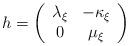
LaTeX: \begin{align*}h=\left( \begin{array}{cc}\lambda _{\xi } & -\kappa _{\xi }\\0 & \mu _{\xi }\end{array}\right)\end{align*}